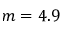
m = 4 . 9